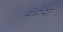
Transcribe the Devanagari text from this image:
संक्रेन्द्रित